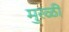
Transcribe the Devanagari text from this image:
मुरळी